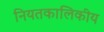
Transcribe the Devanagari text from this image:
नियतकालिकीय